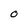
Character: 0